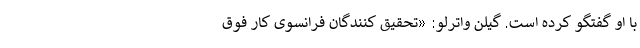
با او گفتگو کرده است. گیلن واترلو: «تحقیق کنندگان فرانسوی کار فوق